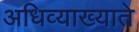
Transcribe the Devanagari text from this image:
अधिव्याख्याते